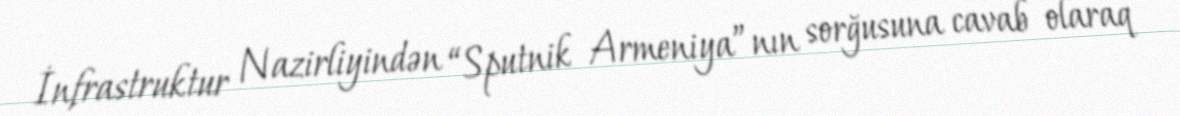
İnfrastruktur Nazirliyindən “Sputnik Armeniya”nın sorğusuna cavab olaraq